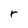
Character: r